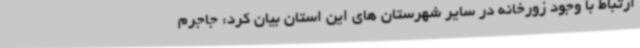
ارتباط با وجود زورخانه در سایر شهرستان های این استان بیان کرد: جاجرم